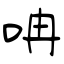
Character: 呥